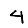
Digit: 4